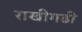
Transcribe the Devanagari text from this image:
राखीगढी़